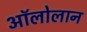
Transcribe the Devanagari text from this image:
अॉलोलान